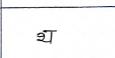
मजकूर: थ